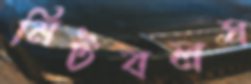
মিটবলস